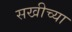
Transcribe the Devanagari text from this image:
सखीच्या